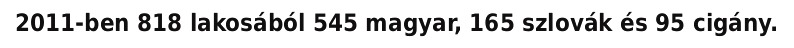
2011-ben 818 lakosából 545 magyar, 165 szlovák és 95 cigány.